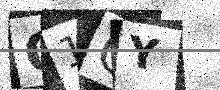
Text: Q1OY